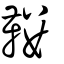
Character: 鞻